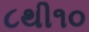
૮થી૧૦